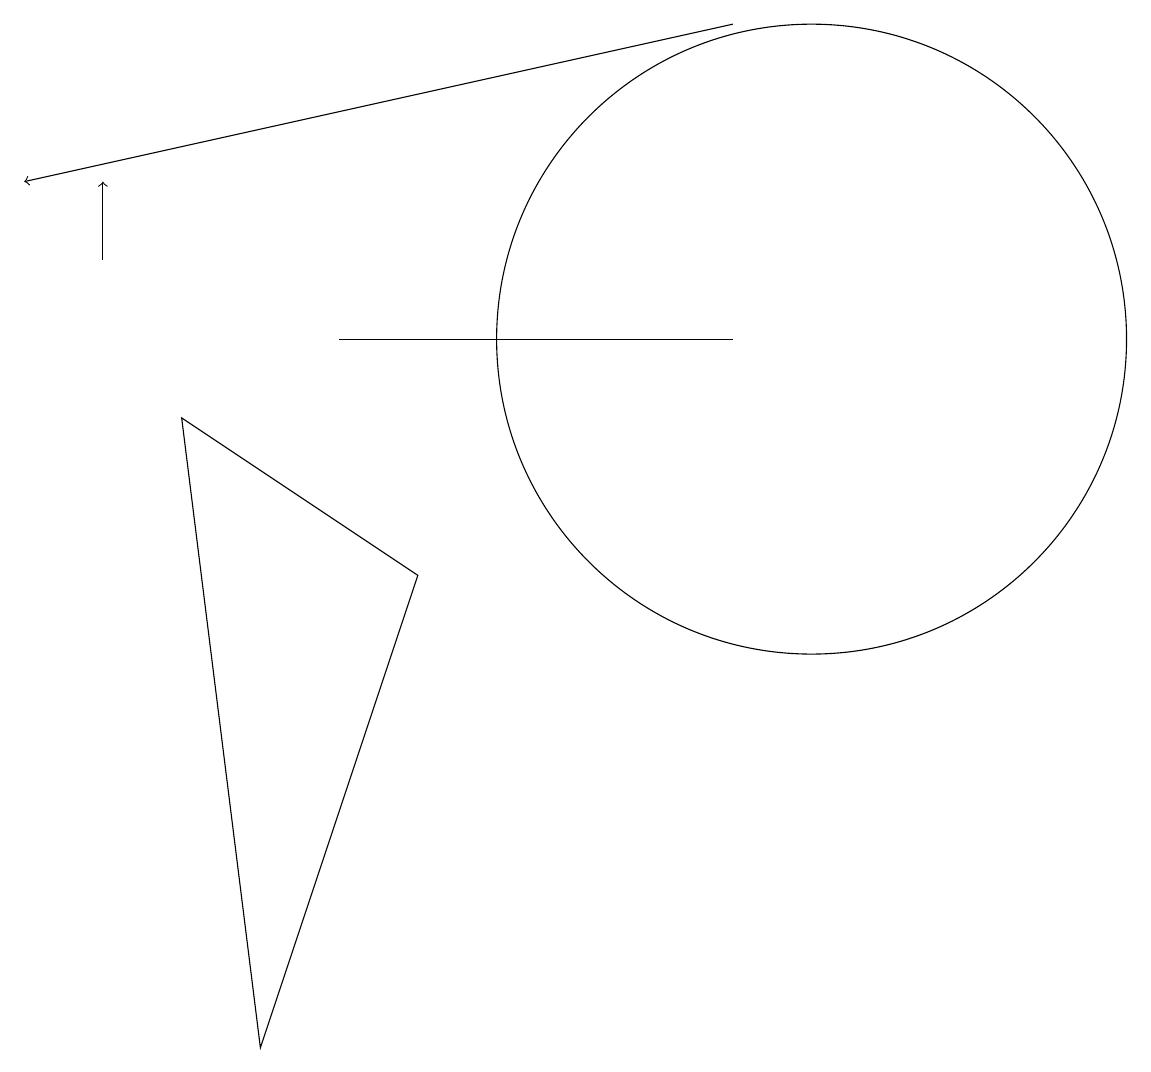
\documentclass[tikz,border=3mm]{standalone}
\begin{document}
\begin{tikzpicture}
\draw[->] (1,11) -- (1,12);
\draw (3,1) -- (5,7) -- (2,9) -- cycle;
\draw[->] (9,14) -- (0,12);
\draw (9,10) rectangle (4,10);
\draw (10,10) circle (4);
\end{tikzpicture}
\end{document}